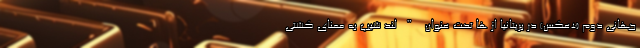
جهانی دوم (+عکس) در بریتانیا از ها تحت عنوان "لند شیپ به معنای کشتی